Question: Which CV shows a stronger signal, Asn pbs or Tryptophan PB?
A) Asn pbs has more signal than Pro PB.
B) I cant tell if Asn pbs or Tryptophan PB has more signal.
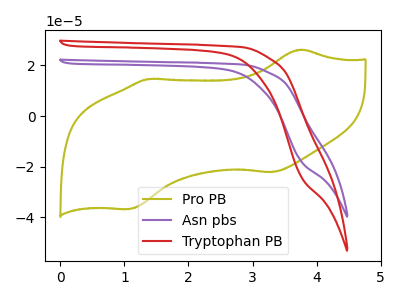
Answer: <think>The olive curve "Pro PB" has anodic peaks at (3.75V, 26.20uA) (1.40V, 14.60uA) and cathodic peaks at (3.30V, -22.15uA) (1.05V, -36.70uA). The purple curve "Asn pbs" has no peaks. The red curve "Tryptophan PB" has no peaks.
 Neither "Asn pbs" or "Tryptophan PB" have any peaks.</think>
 <answer>B) I cant tell if "Asn pbs" or "Tryptophan PB" has more signal.</answer>
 <eval>B</eval>